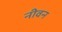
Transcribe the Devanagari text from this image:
नीवन